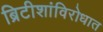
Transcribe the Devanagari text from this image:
ब्रिटीशांविरोधात